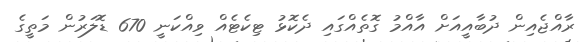
ރާއްޖެއިން ދުބާއީއަށް އާއްމު ގޮތެއްގައި ދެކޮޅު ޓިކެޓެއް ވިއްކަނީ 670 ޑޮލަރުން މަތީގެ